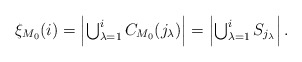
\begin{align*}\xi_{M_0}(i)=\left|\textstyle\bigcup_{\lambda=1}^iC_{M_0}(j_\lambda)\right|=\left|\textstyle\bigcup_{\lambda=1}^{i}S_{j_\lambda}\right|.\end{align*}